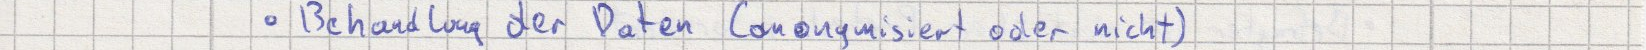
Behandlung der Daten (anonymisiert oder nicht)